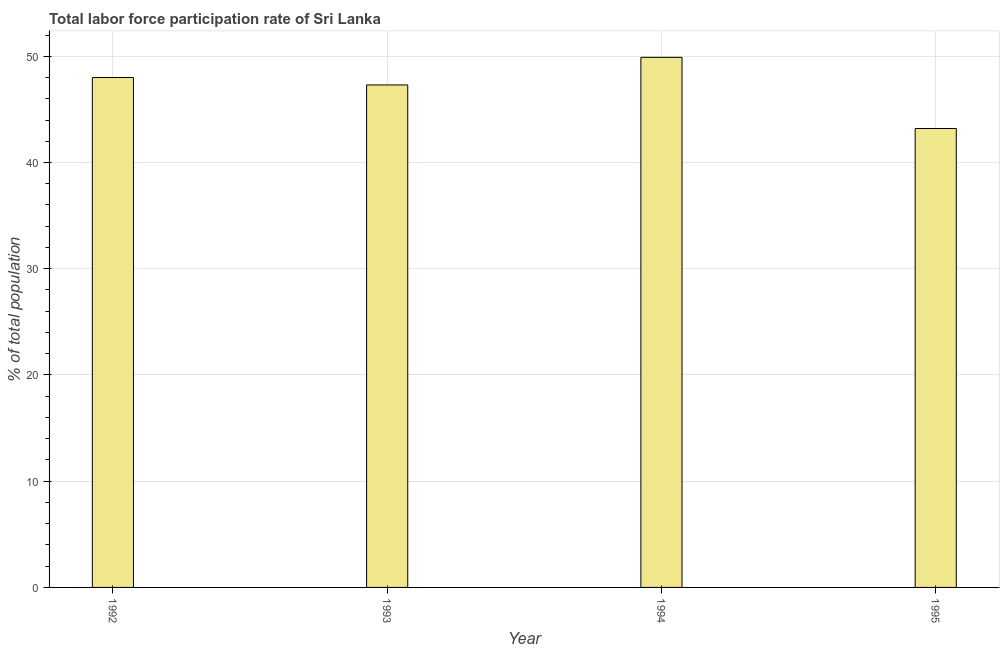
| Year | Labor force participation rate for ages 15-24 total |
 | --- | --- |
 | 1992 | 48 |
 | 1993 | 47.3 |
 | 1994 | 49.9 |
 | 1995 | 43.2 |